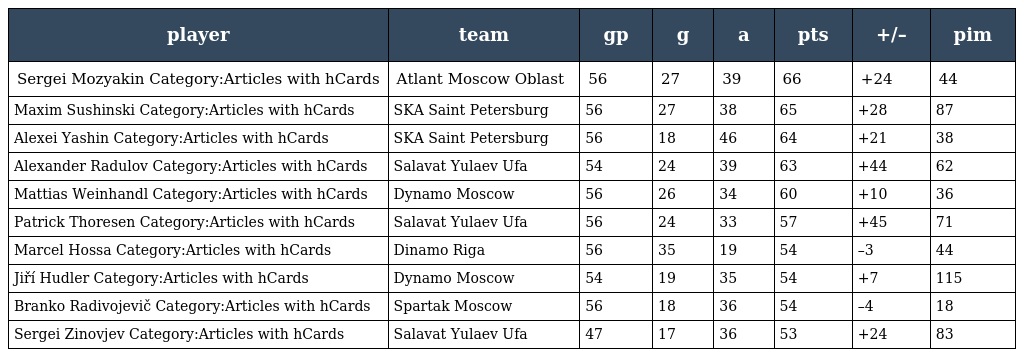
| player | team | gp | g | a | pts | +/– | pim |
 | --- | --- | --- | --- | --- | --- | --- | --- |
 | Sergei Mozyakin Category:Articles with hCards | Atlant Moscow Oblast | 56 | 27 | 39 | 66 | +24 | 44 |
 | Maxim Sushinski Category:Articles with hCards | SKA Saint Petersburg | 56 | 27 | 38 | 65 | +28 | 87 |
 | Alexei Yashin Category:Articles with hCards | SKA Saint Petersburg | 56 | 18 | 46 | 64 | +21 | 38 |
 | Alexander Radulov Category:Articles with hCards | Salavat Yulaev Ufa | 54 | 24 | 39 | 63 | +44 | 62 |
 | Mattias Weinhandl Category:Articles with hCards | Dynamo Moscow | 56 | 26 | 34 | 60 | +10 | 36 |
 | Patrick Thoresen Category:Articles with hCards | Salavat Yulaev Ufa | 56 | 24 | 33 | 57 | +45 | 71 |
 | Marcel Hossa Category:Articles with hCards | Dinamo Riga | 56 | 35 | 19 | 54 | –3 | 44 |
 | Jiří Hudler Category:Articles with hCards | Dynamo Moscow | 54 | 19 | 35 | 54 | +7 | 115 |
 | Branko Radivojevič Category:Articles with hCards | Spartak Moscow | 56 | 18 | 36 | 54 | –4 | 18 |
 | Sergei Zinovjev Category:Articles with hCards | Salavat Yulaev Ufa | 47 | 17 | 36 | 53 | +24 | 83 |